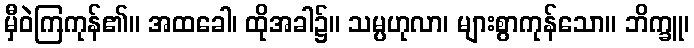
မှီဝဲကြကုန်၏။ အထခေါ၊ ထိုအခါ၌။ သမ္ပဟုလာ၊ များစွာကုန်သော။ ဘိက္ခူ၊